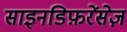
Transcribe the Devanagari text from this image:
साइनडिफ़रेंसेज़